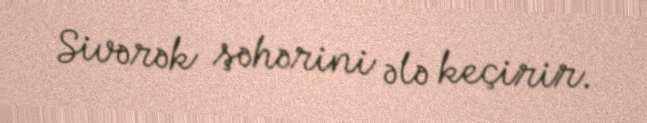
Sivərək şəhərini ələ keçirir.